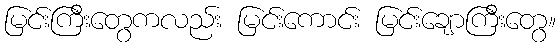
မြင်းကြီးတွေကလည်း မြင်းကောင်း မြင်းချောကြီးတွေ။